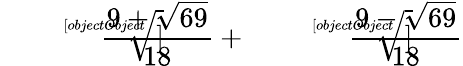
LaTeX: {\sqrt[[objectObject]]{\frac{9+{\sqrt{69}}}{18}}}+{\sqrt[[objectObject]]{\frac{9-{\sqrt{69}}}{18}}}